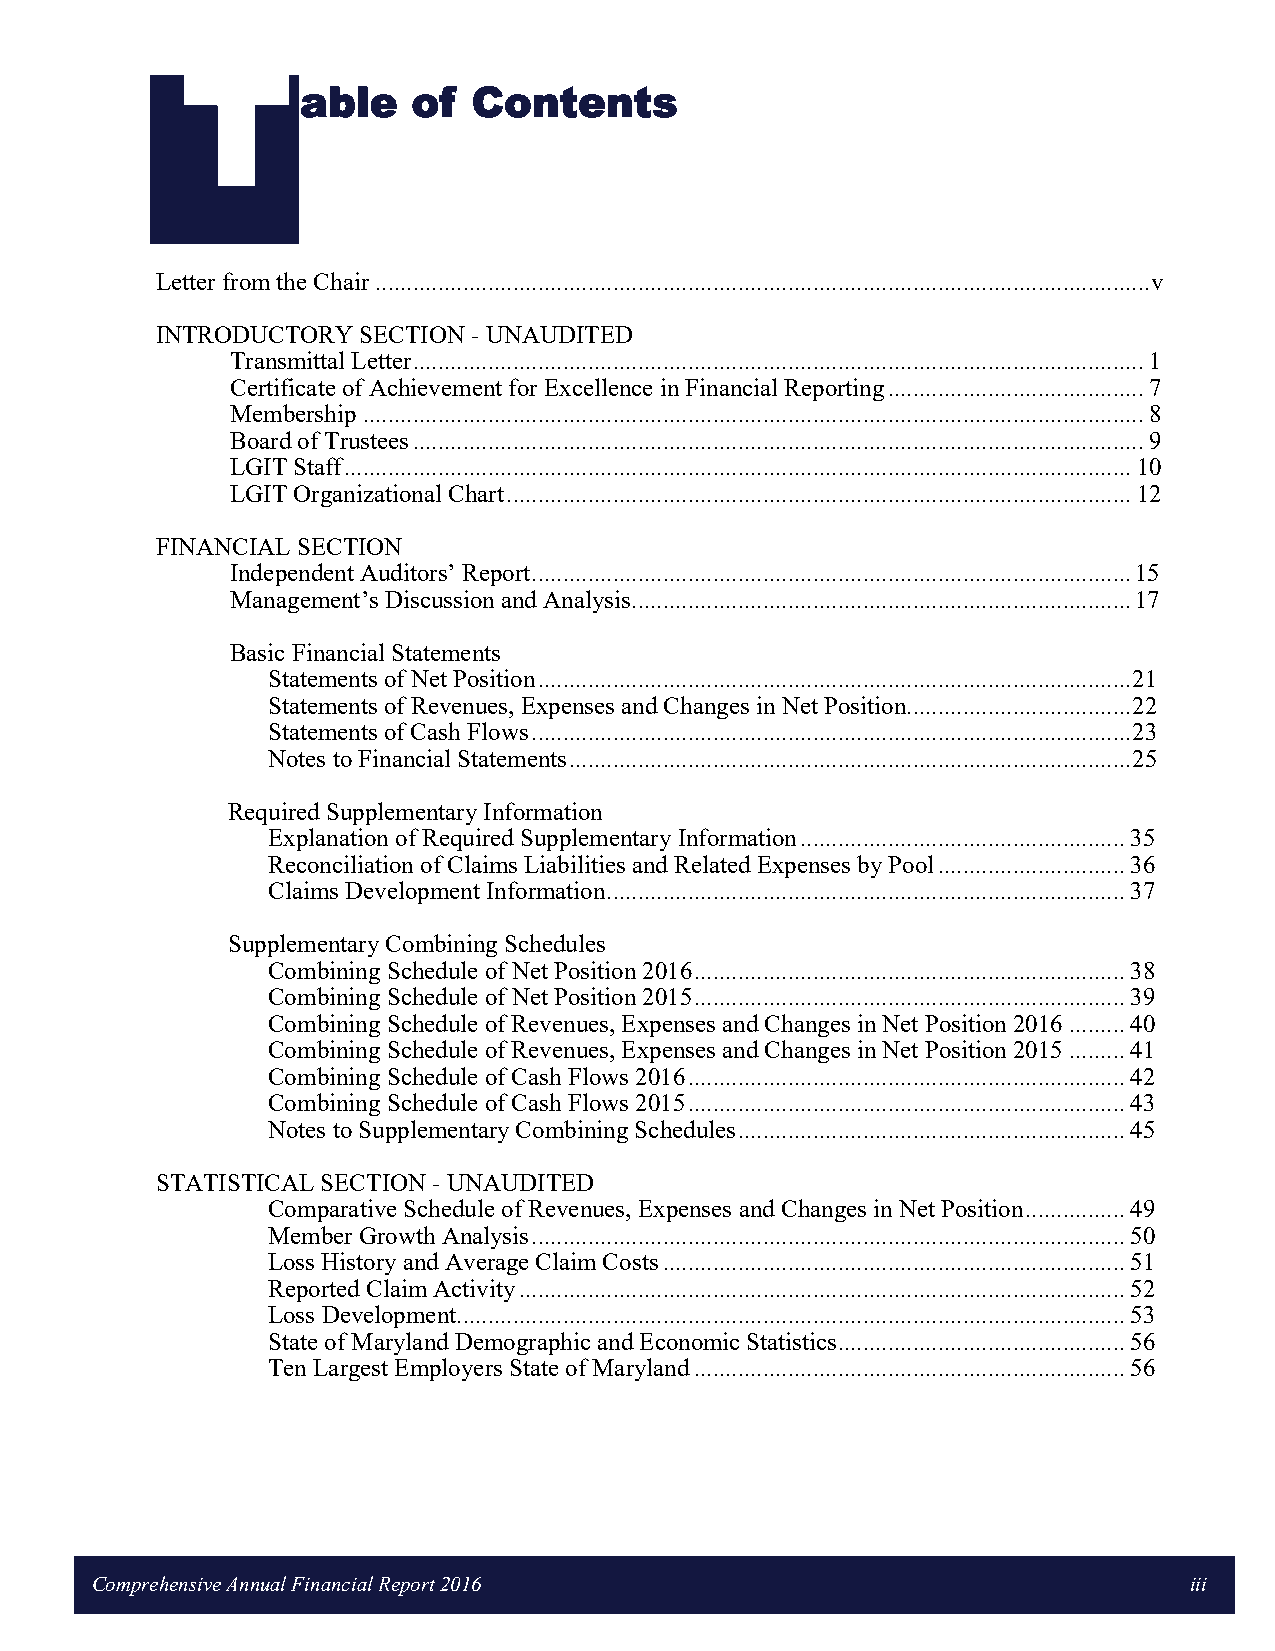
T
 able   of  Contents
 Letter from the Chair ............................................................................................................................ v
 INTRODUCTORY  SECTION - UNAUDITED
 Transmittal Letter ..................................................................................................................... 1
 Certificate of Achievement for Excellence in Financial Reporting ......................................... 7
 Membership ............................................................................................................................. 8
 Board of Trustees ..................................................................................................................... 9
 LGIT Staff .............................................................................................................................. 10
 LGIT Organizational Chart .................................................................................................... 12
 FINANCIAL SECTION
 Independent Auditors’ Report ................................................................................................ 15
 Management’s Discussion and Analysis ................................................................................ 17
 Basic Financial Statements
 Statements of Net Position ............................................................................................... 21
 Statements of Revenues, Expenses and Changes in Net Position .................................... 22
 Statements of Cash Flows ................................................................................................ 23
 Notes to Financial Statements .......................................................................................... 25
 Required Supplementary Information
 Explanation of Required Supplementary Information .................................................... 35
 Reconciliation of Claims Liabilities and Related Expenses by Pool .............................. 36
 Claims Development Information ................................................................................... 37
 Supplementary Combining Schedules
 Combining Schedule of Net Position 2016 ..................................................................... 38
 Combining Schedule of Net Position 2015 ..................................................................... 39
 Combining Schedule of Revenues, Expenses and Changes in Net Position 2016 ......... 40
 Combining Schedule of Revenues, Expenses and Changes in Net Position 2015 ......... 41
 Combining Schedule of Cash Flows 2016 ...................................................................... 42
 Combining Schedule of Cash Flows 2015 ...................................................................... 43
 Notes to Supplementary Combining Schedules .............................................................. 45
 STATISTICAL SECTION - UNAUDITED
 Comparative Schedule of Revenues, Expenses and Changes in Net Position ................ 49
 Member Growth Analysis ............................................................................................... 50
 Loss History and Average Claim Costs .......................................................................... 51
 Reported Claim Activity ................................................................................................. 52
 Loss Development ........................................................................................................... 53
 State of Maryland Demographic and Economic Statistics .............................................. 56
 Ten Largest Employers State of Maryland ..................................................................... 56
 Comprehensive Annual Financial Report 2016                               iii